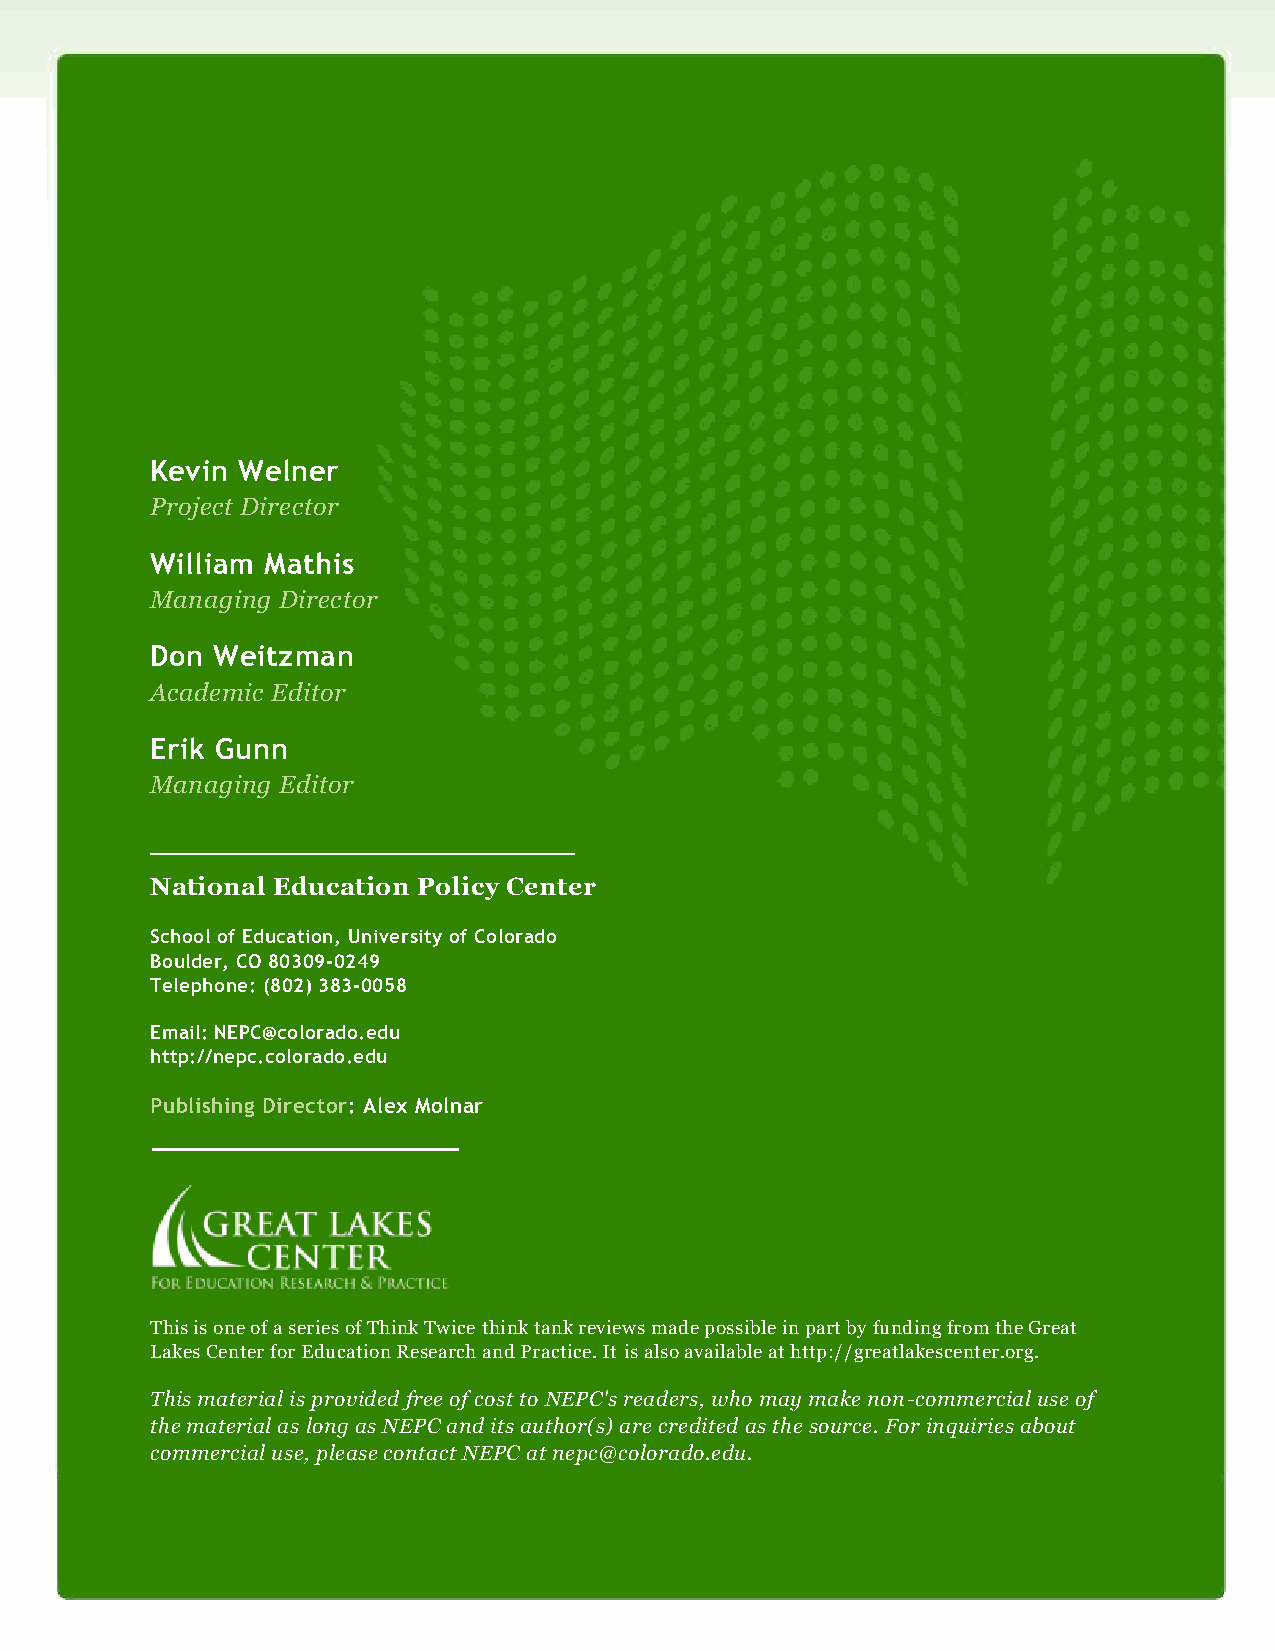
Kevin Welner
 Project Director
 William Mathis
 Managing Director
 Don Weitzman
 Academic Editor
 Erik Gunn
 Managing Editor
 National Education Policy Center
 School of Education, University of Colorado
 Boulder, CO 80309-0249
 Telephone: (802) 383-0058
 Email: NEPC@colorado.edu
 http://nepc.colorado.edu
 Publishing Director: Alex Molnar
 This is one of a series of Think Twice think tank reviews made possible in part by funding from the Great
 Lakes Center for Education Research and Practice. It is also available at http://greatlakescenter.org.
 This material is provided free of cost to NEPC's readers, who may make non-commercial use of
 the material as long as NEPC and its author(s) are credited as the source. For inquiries about
 commercial use, please contact NEPC at nepc@colorado.edu.